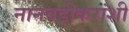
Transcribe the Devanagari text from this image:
नानवडीकरांशी